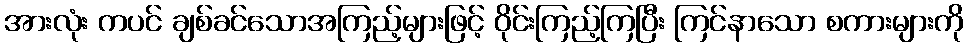
အားလုံး ကပင် ချစ်ခင်သောအကြည့်များဖြင့် ဝိုင်းကြည့်ကြပြီး ကြင်နာသော စကားများကို